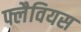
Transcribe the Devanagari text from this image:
फ्लैवियस